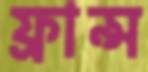
ফ্রান্স